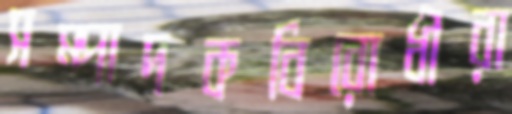
সম্পাদকবিরোধীরা